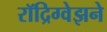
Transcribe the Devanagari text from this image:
रॉद्रिग्वेझने